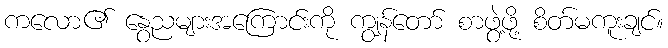
ကလော၏ နွေညများအကြောင်းကို ကျွန်တော် စာဖွဲ့ဖို့ စိတ်မကူးချင်။